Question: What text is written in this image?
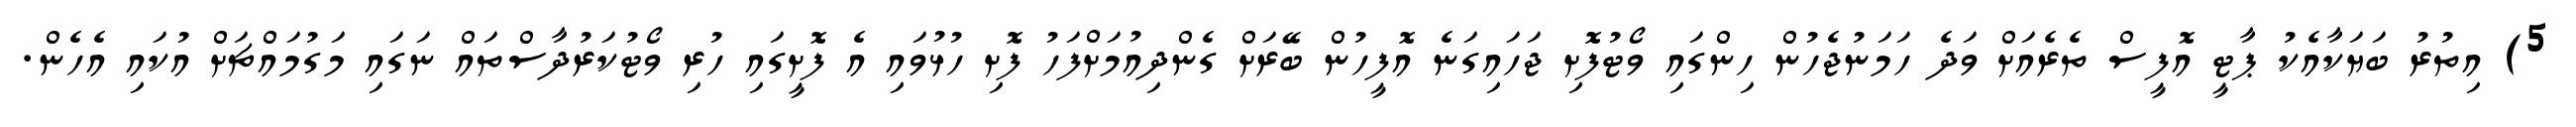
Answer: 5) އިތުރު ބަޔަކާއެކު ޕާޓީ އޮފީސް ތެރެއަށް ވަދެ ހަމަނުޖެހުން ހިންގައި ވޯޓުފޮށި ޖަހައިގަނެ އޮފީހުން ބޭރަށް ގެންދިއުމަށްފަހު ފޮށި ހުޅުވައި އެ ފޮށީގައި ހުރި ވޯޓުކަރުދާސްތައް ނަގައި މަގުމައްޗަށް އުކައި އެހެން.